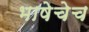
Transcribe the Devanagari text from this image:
भाषेचेच